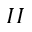
I I